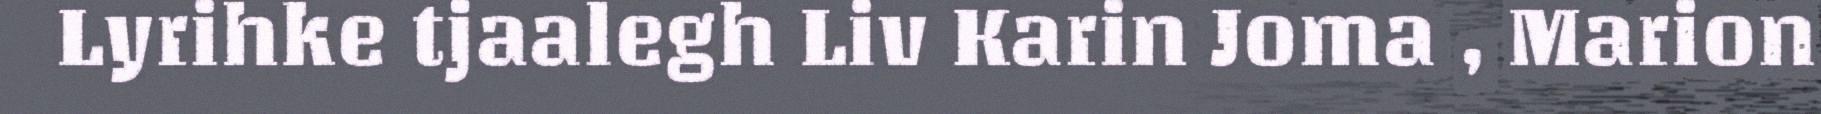
Lyrihke tjaalegh Liv Karin Joma , Marion